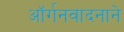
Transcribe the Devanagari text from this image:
ऑर्गनवादनाने